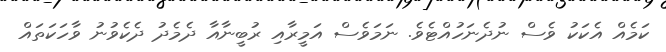
ކަމެއް އެކަކު ވެސް ނުދެނަހުއްޓެވެ. ނަމަވެސް އަމީރާއި ރުބީނާއާ ދެމެދު ދެކެވުނު ވާހަކަތައް